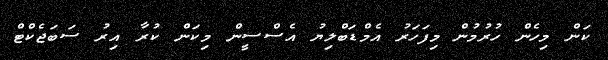
ކަން މިހެން ހުުރުމުން މިފަހަރު އެމްޑަބްލިޔު އެސްސީން މިކަން ކުރާ އިރު ސަބަޖެކްޓް